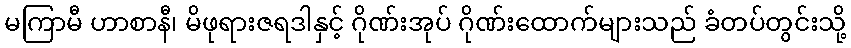
မကြာမီ ဟာစာနီ၊ မိဖုရားဇရဒါနှင့် ဂိုဏ်းအုပ် ဂိုဏ်းထောက်များသည် ခံတပ်တွင်းသို့